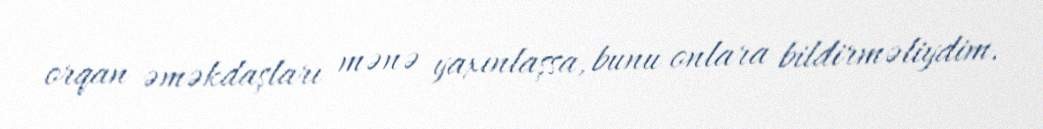
orqan əməkdaşları mənə yaxınlaşsa, bunu onlara bildirməliydim.